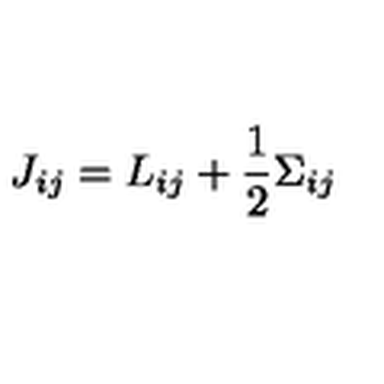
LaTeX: J _ { i j } = L _ { i j } + \frac { 1 } { 2 } \Sigma _ { i j }